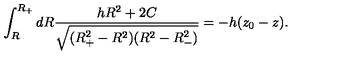
\int _ { R } ^ { R _ { + } } d R \frac { h R ^ { 2 } + 2 C } { \sqrt { ( R _ { + } ^ { 2 } - R ^ { 2 } ) ( R ^ { 2 } - R _ { - } ^ { 2 } ) } } = - h ( z _ { 0 } - z ) .